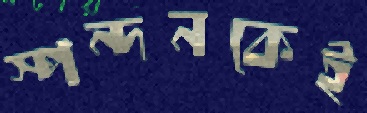
স্পন্দনকেই